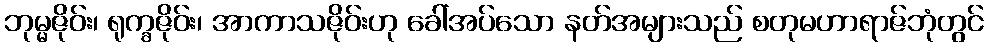
ဘုမ္မဇိုဝ်း၊ ရုက္ခဇိုဝ်း၊ အာကာသဇိုဝ်းဟု ခေါ်အပ်သော နတ်အများသည် စတုမဟာရာဇ်ဘုံတွင်